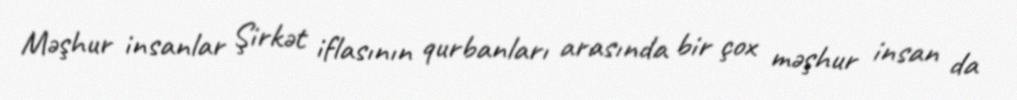
Məşhur insanlar Şirkət iflasının qurbanları arasında bir çox məşhur insan da